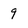
Character: 9